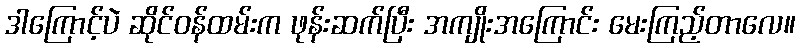
ဒါကြောင့်ပဲ ဆိုင်ဝန်ထမ်းက ဖုန်းဆက်ပြီး အကျိုးအကြောင်း မေးကြည့်တာလေ။